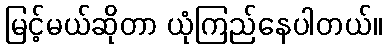
မြင့်မယ်ဆိုတာ ယုံကြည်နေပါတယ်။